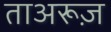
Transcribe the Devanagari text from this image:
ताअरूज़